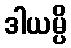
ဒါယမ္ပိ